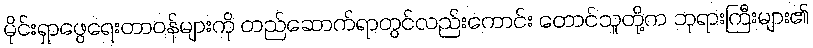
မိုင်းရှာဖွေရေးတာဝန်များကို တည်ဆောက်ရာတွင်လည်းကောင်း တောင်သူတို့က ဘုရားကြီးများ၏